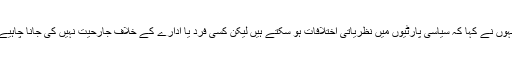
انہوں نے کہا کہ سیاسی پارٹیوں میں نظریاتی اختلافات ہو سکتے ہیں لیکن کسی فرد یا ادارے کے خلاف جارحیت نہیں کی جانا چاہیے۔